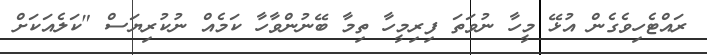
ރައްޓެހިވެގެން އުޅޭ މީހާ ނުވަތަ ފިރިމީހާ ތިމާ ބޭނުންވާހާ ކަމެއް ނުކުރިޔަސް "ކަލެއަކަށް